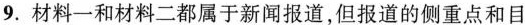
9.材料一和材料二都属于新闻报道，但报道的侧重点和目